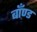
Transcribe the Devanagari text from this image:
बाँण्ड